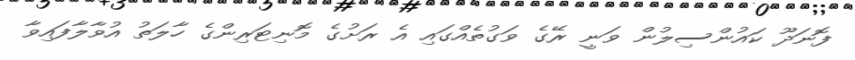
ފޮނަދޫ ކައުންސިލުން ވަނީ ރޭގެ ވަގުތެއްގައި އެ ރަށުގެ މޮނިޓަރިންގެ ހާލަތު އުވާލާފައިވާ